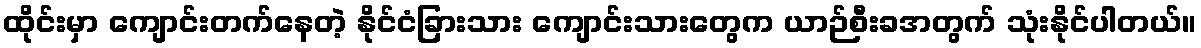
ထိုင်းမှာ ကျောင်းတက်နေတဲ့ နိုင်ငံခြားသား ကျောင်းသားတွေက ယာဉ်စီးခအတွက် သုံးနိုင်ပါတယ်။